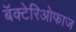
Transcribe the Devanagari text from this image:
बॅक्टेरिओफाज